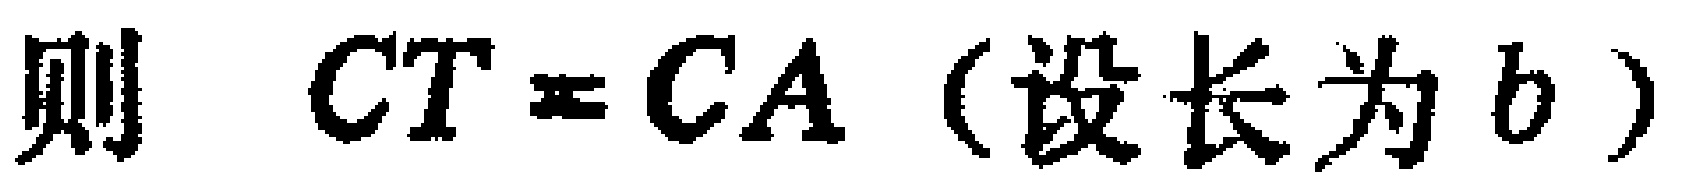
则 \(CT = CA\)（设长为 \(b\)）